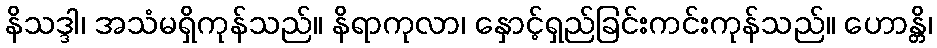
နိသဒ္ဒါ၊ အသံမရှိကုန်သည်။ နိရာကုလာ၊ နှောင့်ရှည်ခြင်းကင်းကုန်သည်။ ဟောန္တိ၊